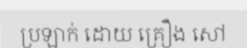
ប្រឡាក់ ដោយ គ្រឿង សៅ